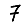
Digit: 7